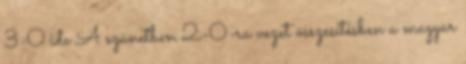
3-0 ide A szünetben 2-0-ra vezet összesítésben a magyar